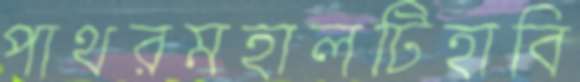
পাথরমহালটিহাবি